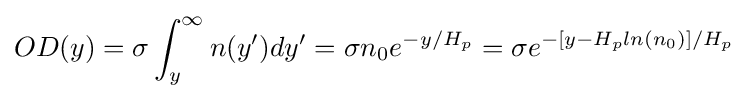
OD(y)=\sigma \int _{y}^{\infty }n(y^{\prime })dy^{\prime }=\sigma n_{0}e^{-y/H_{p}}=\sigma e^{-[y-H_{p}ln(n_{0})]/H_{p}}